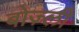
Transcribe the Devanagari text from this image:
बोज़्ली